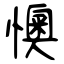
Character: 懊